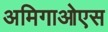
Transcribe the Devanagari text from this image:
अमिगाओएस